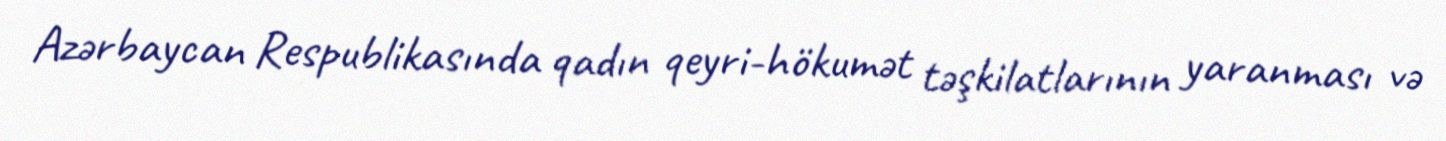
Azərbaycan Respublikasında qadın qeyri-hökumət təşkilatlarının yaranması və